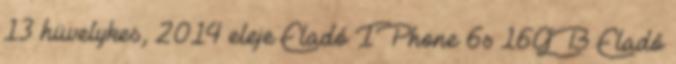
13 hüvelykes, 2014 eleje Eladó IPhone 6s 16GB Eladó